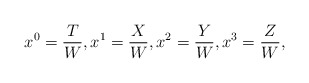
\begin{align*} x^0=\frac{T}{W},x^1=\frac{X}{W}, x^2=\frac{Y}{W},x^3=\frac{Z}{W},\end{align*}